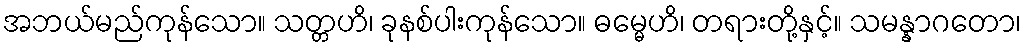
အဘယ်မည်ကုန်သော။ သတ္တဟိ၊ ခုနစ်ပါးကုန်သော။ ဓမ္မေဟိ၊ တရားတို့နှင့်။ သမန္နာဂတော၊